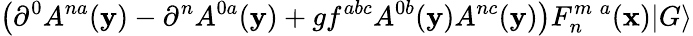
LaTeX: \left(\partial^{0}A^{na}({\mathbf y})-\partial^{n}A^{0a}({\mathbf y})+gf^{abc}A^{0b}({\mathbf y})A^{nc}({\mathbf y})\right)F_{n}^{m\; a}({\mathbf x})\vert G\rangle